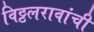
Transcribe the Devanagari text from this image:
विठ्ठलरावांची